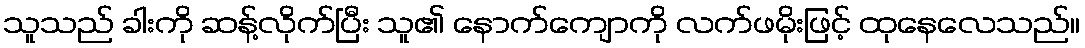
သူသည် ခါးကို ဆန့်လိုက်ပြီး သူ၏ နောက်ကျောကို လက်ဖမိုးဖြင့် ထုနေလေသည်။